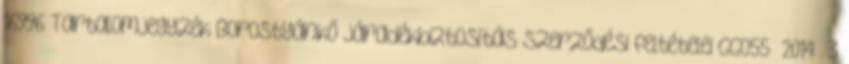
16996 Tartalomjegyzék Borostyánkő járadékbiztosítás szerződési feltételei GGO55 2014 . 3